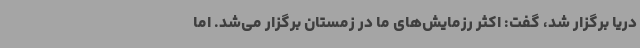
دریا برگزار شد، گفت: اکثر رزمایش‌های ما در زمستان برگزار می‌شد. اما